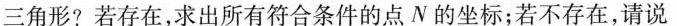
三角形?若存在，求出所有符合条件的点N的坐标；若不存在，请说